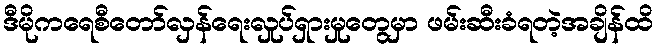
ဒီမိုကရေစီတော်လှန်ရေးလှုပ်ရှားမှုတွေမှာ ဖမ်းဆီးခံရတဲ့အချိန်ထိ